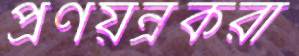
প্রণয়ন্রকরা